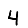
Digit: 4